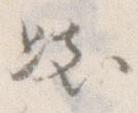
き